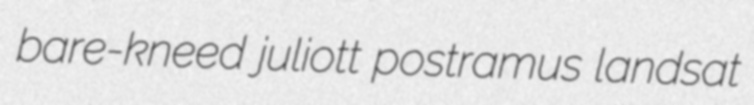
bare-kneed juliott postramus landsat